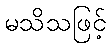
မသိသဖြင့်